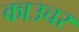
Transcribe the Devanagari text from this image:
काउचर